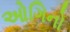
ઓગિનો